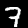
Label: 7